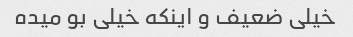
خیلی ضعیف و اینکه خیلی بو میده